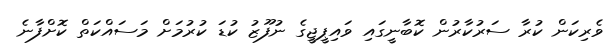
ވެރިކަން ކުރާ ސަރުކާރުން ކޮބާނީގައި ވައިޕީޖީގެ ނުފޫޒު ކުޑަ ކުރުމަށް މަސައްކަތް ކޮށްފާނެ